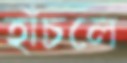
হাঁচলে